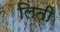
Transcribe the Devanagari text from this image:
लिती